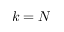
k = N